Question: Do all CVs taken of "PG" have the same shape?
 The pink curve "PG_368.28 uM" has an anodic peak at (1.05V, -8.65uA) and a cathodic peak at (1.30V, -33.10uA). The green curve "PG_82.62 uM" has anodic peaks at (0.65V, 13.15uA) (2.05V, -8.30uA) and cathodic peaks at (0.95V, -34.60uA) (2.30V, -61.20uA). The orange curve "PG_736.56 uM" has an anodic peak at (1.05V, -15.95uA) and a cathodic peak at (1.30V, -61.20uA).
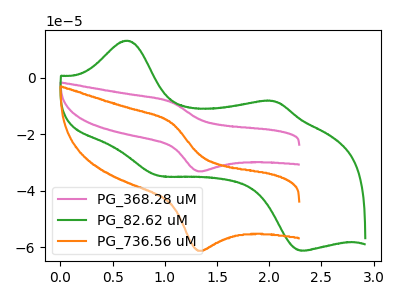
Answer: <think>"PG_368.28 uM" and "PG_82.62 uM" have a different number of peaks. All the peaks in "PG_368.28 uM" have a peak in "PG_736.56 uM" at the same potential. "PG_82.62 uM" and "PG_736.56 uM" have a different number of peaks.
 </think>
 <answer>All the CV's of "PG" have similar shape.</answer>
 <eval>follow_rule</eval>